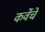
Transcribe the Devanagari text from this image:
कर्वेचे